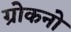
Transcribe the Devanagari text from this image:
ग्रोकनो